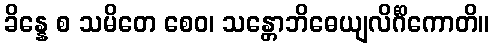
ခိန္နေ စ သမိတေ စေဝ၊ သန္တောဘိဓေယျလိင်္ဂိကောတိ။